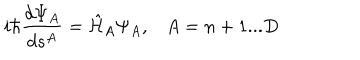
i \hbar \frac { d \Psi _ { A } } { d s ^ { A } } = \hat { \cal H } _ { A } \Psi _ { A } , A = n + 1 . . . D